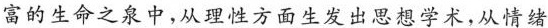
富的生命之泉中，从理性方面生发出思想学术，从情绪